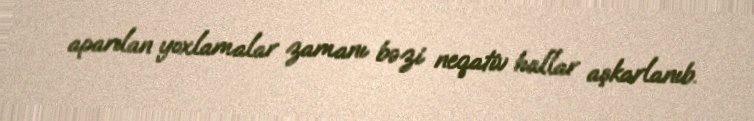
aparılan yoxlamalar zamanı bəzi neqativ hallar aşkarlanıb.